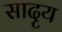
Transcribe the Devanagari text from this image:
सादृय